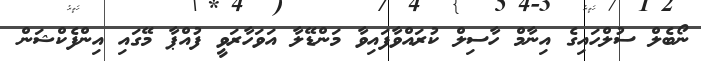
ނޯބެލް ސުލްހައިގެ އިނާމް ހާސިލް ކުރައްވާފައިވާ މަންޑޭލާ އަވަހާރަވީ ފުއްޕާ މޭގައި އިންފެކްޝަން